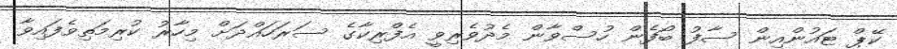
ކޭޕް ޓައުންއިން ސާފު ބޯފެން ހުސްވާން މެދުވެރިވީ އެފްރިކާގެ ސަރަހައްދަށް މިހާރު ކުރިމަތިވެފައިވާ